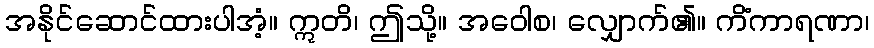
အနိုင်ဆောင်ထားပါအံ့။ ဣတိ၊ ဤသို့။ အဝေါစ၊ လျှောက်၏။ ကိံကာရဏာ၊